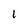
Character: 1